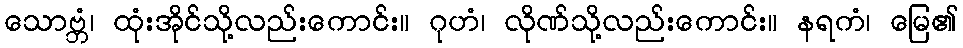
သောဗ္ဘံ၊ ထုံးအိုင်သို့လည်းကောင်း။ ဂုဟံ၊ လိုဏ်သို့လည်းကောင်း။ နရကံ၊ မြေ၏